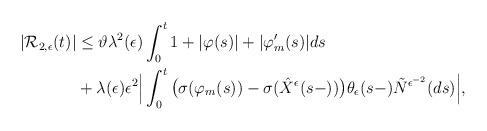
LaTeX: \begin{align*}\begin{aligned}|\mathcal{R}_{2,\epsilon}(t)|&\leq\vartheta\lambda^{2}(\epsilon)\int^{t}_{0}1+|\varphi(s)|+|\varphi'_m(s)|ds\\&+\lambda(\epsilon)\epsilon^{2}\Big|\int^{t}_{0}\big(\sigma(\varphi_{m}(s))-\sigma(\hat{X}^{\epsilon}(s-))\big)\theta_{\epsilon}(s-)\tilde{N}^{\epsilon^{-2}}(ds)\Big|,\end{aligned}\end{align*}